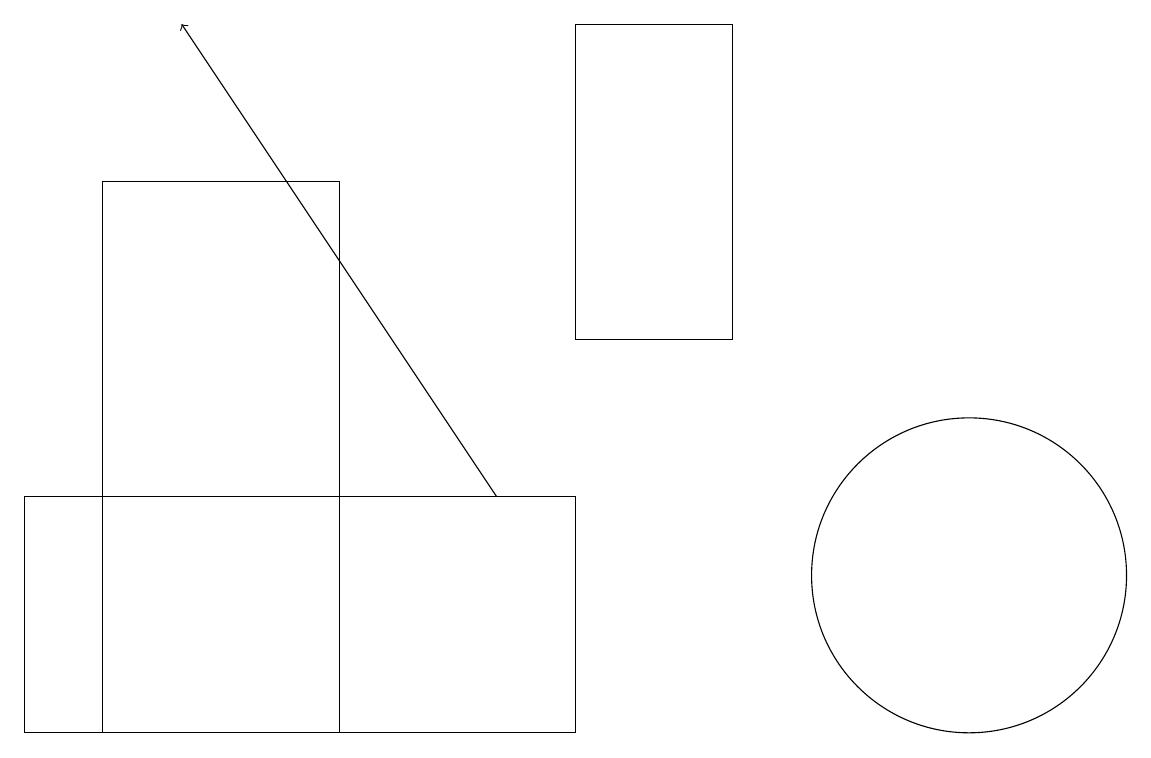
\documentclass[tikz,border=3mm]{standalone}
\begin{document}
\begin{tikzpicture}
\draw[->] (6,13) -- (2,19);
\draw (7,10) rectangle (0,13);
\draw (12,12) circle (2);
\draw (9,15) rectangle (7,19);
\draw (1,10) rectangle (4,17);
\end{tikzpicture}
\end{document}